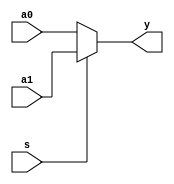
module mux2x1_behavioral_function_if_else(y, s, a0, a1);
   input s, a0, a1;
   output y;

   assign y = sel(s,a0,a1);
   
   function sel;
      input ss, aa0, aa1;// note the order.
      if (ss)
	sel = aa1;
      else
	sel = aa0;
   endfunction

endmodule // mux2x1_behavioral_function_if_else